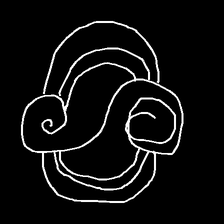
Glyph: wind-underfoot